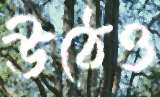
উঠেও